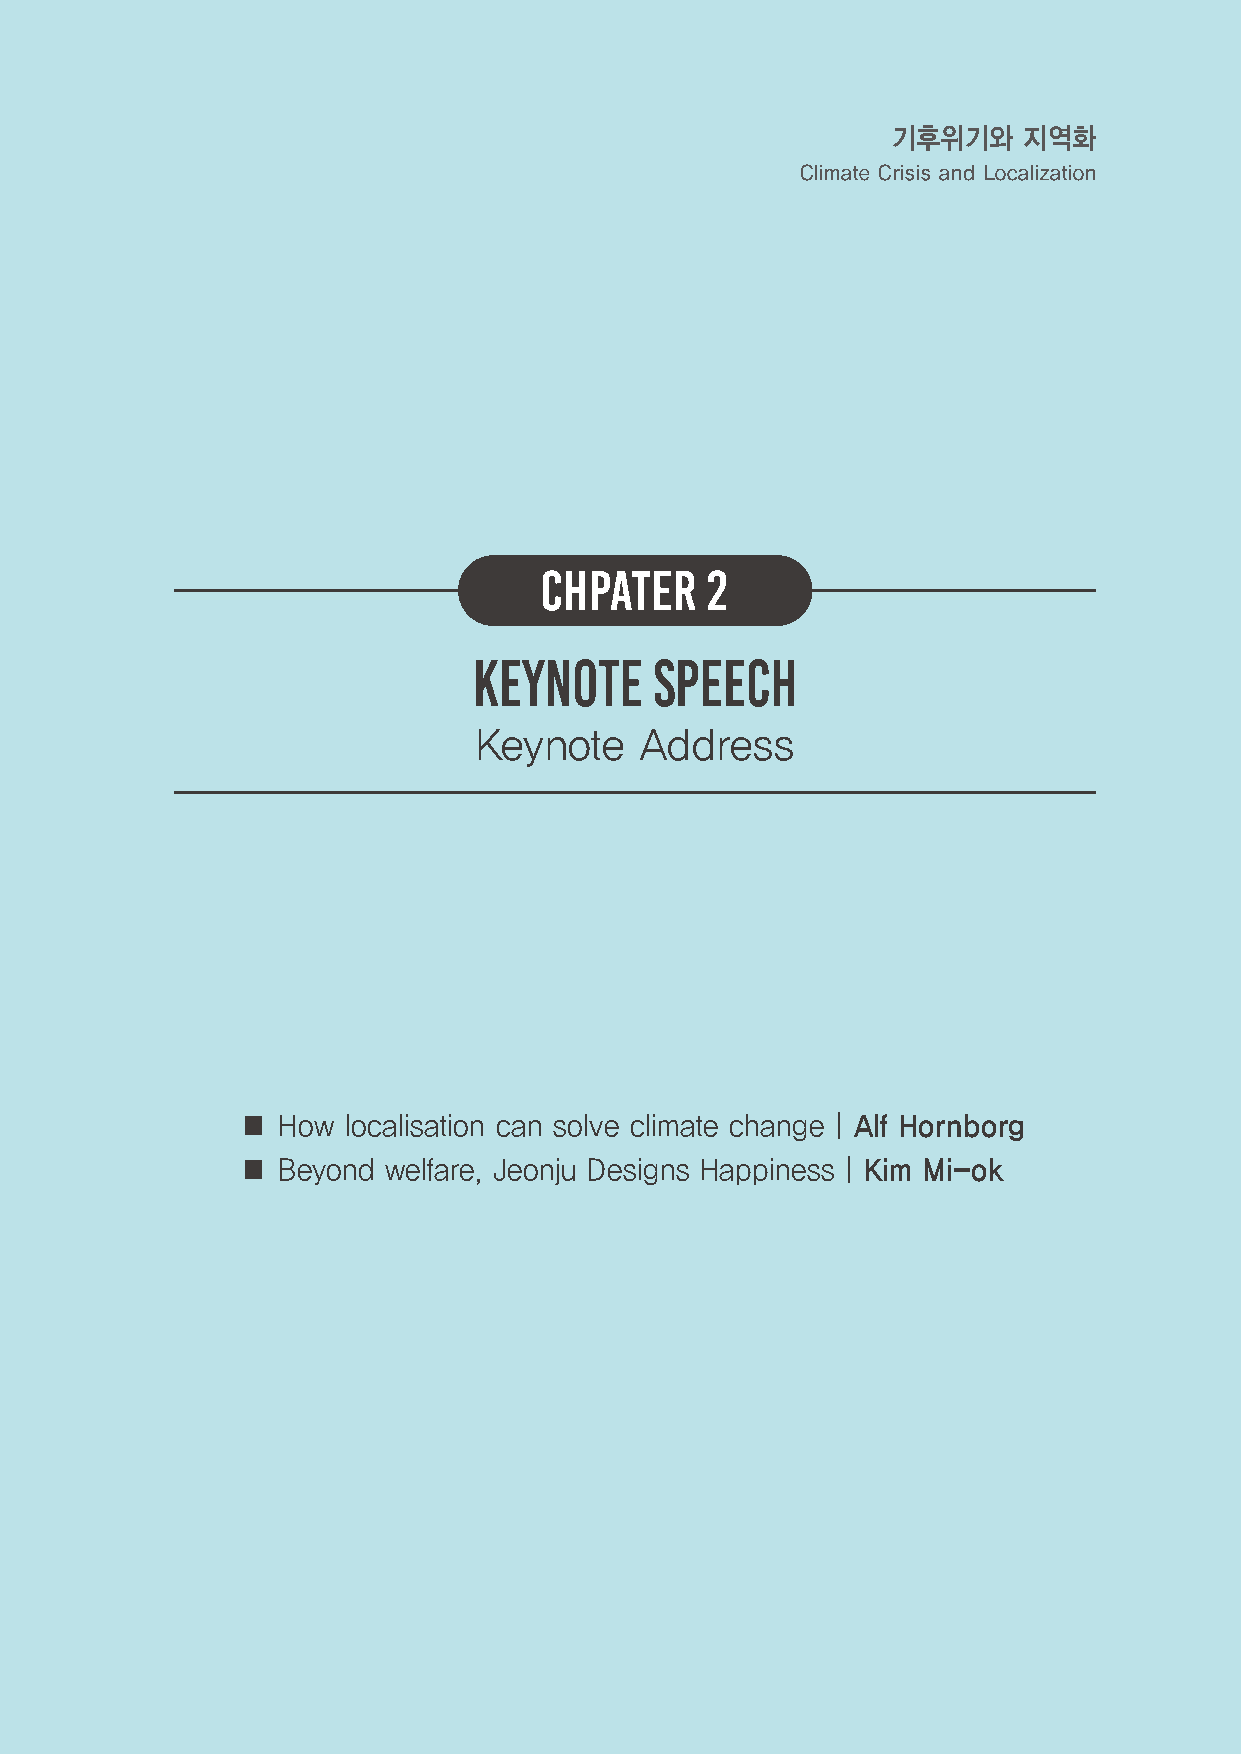
기후위기와    지역화
 Climate Crisis and Localization
 CHPATER    2
 KEYNOTE     SPEECH
 Keynote   Address
 ■ How  localisation can solve climate changeㅣAlf Hornborg
 ■ Beyond welfare, Jeonju Designs HappinessㅣKim Mi-ok